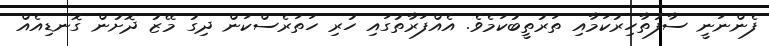
ފެންނަނީ ސާފުތާހިރުކަމާއި ތަރުތީބުކަމެވެ. އެއްފަރާތުގައި ހުރި ހަތަރެސްކަން ދިގު މޭޒު ދޮށުން ގޮނޑިއެއް